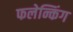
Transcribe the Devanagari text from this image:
फलेन्किंग